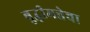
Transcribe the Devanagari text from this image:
बुद्धीमत्तेचा